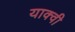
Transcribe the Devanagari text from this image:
याक्वी